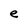
Character: e